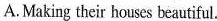
A.Making their houses beautiful.